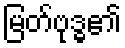
မြတ်ဗုဒ္ဓ၏